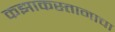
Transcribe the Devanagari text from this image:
कझाकस्तानाचा